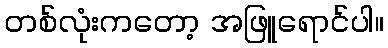
တစ်လုံးကတော့ အဖြူရောင်ပါ။